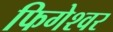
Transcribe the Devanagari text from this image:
फिगेश्वर